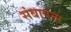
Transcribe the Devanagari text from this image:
संबावना